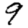
Digit: 9